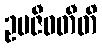
ဥပဇီဝတီတိ